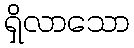
ရှိလာသော